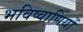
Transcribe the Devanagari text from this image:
भविष्वाणियों